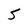
Character: 5